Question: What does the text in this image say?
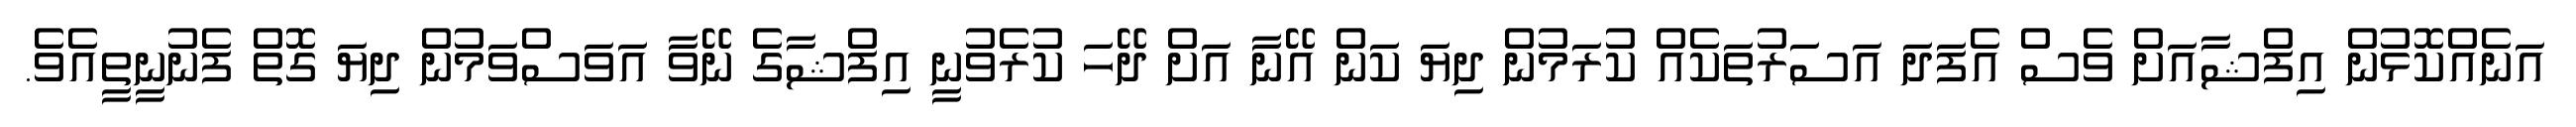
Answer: އަނެއްކޮޅުން އިފްޝާއަށް ވެސް އެފަދަ އަސަރުތަކެއް ކުރަމުން ދިޔަ ކަން އޭނާ އަށް ދޭހަ ކުރެވުނީ އިފްޝާގެ ނޭވާ އަވަސްވަމުން ދިޔަ ގޮތް ފެނުނީތީއެވެ.